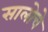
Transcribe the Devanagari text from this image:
सालोचे